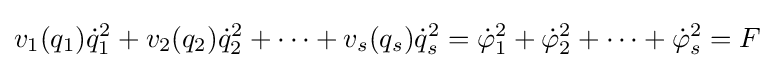
v_{1}(q_{1}){\dot {q}}_{1}^{2}+v_{2}(q_{2}){\dot {q}}_{2}^{2}+\cdots +v_{s}(q_{s}){\dot {q}}_{s}^{2}={\dot {\varphi }}_{1}^{2}+{\dot {\varphi }}_{2}^{2}+\cdots +{\dot {\varphi }}_{s}^{2}=F